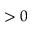
> 0